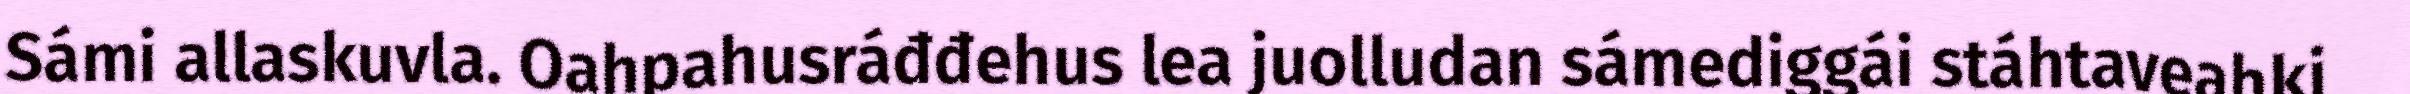
Sámi allaskuvla. Oahpahusráđđehus lea juolludan sámediggái stáhtaveahki